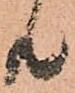
共